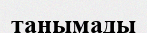
танымады